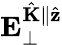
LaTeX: \mathbf{E}_{\perp}^{\hat{\mathbf{K}}\parallel\hat{\mathbf{z}}}